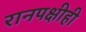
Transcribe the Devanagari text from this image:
रानपक्षीही